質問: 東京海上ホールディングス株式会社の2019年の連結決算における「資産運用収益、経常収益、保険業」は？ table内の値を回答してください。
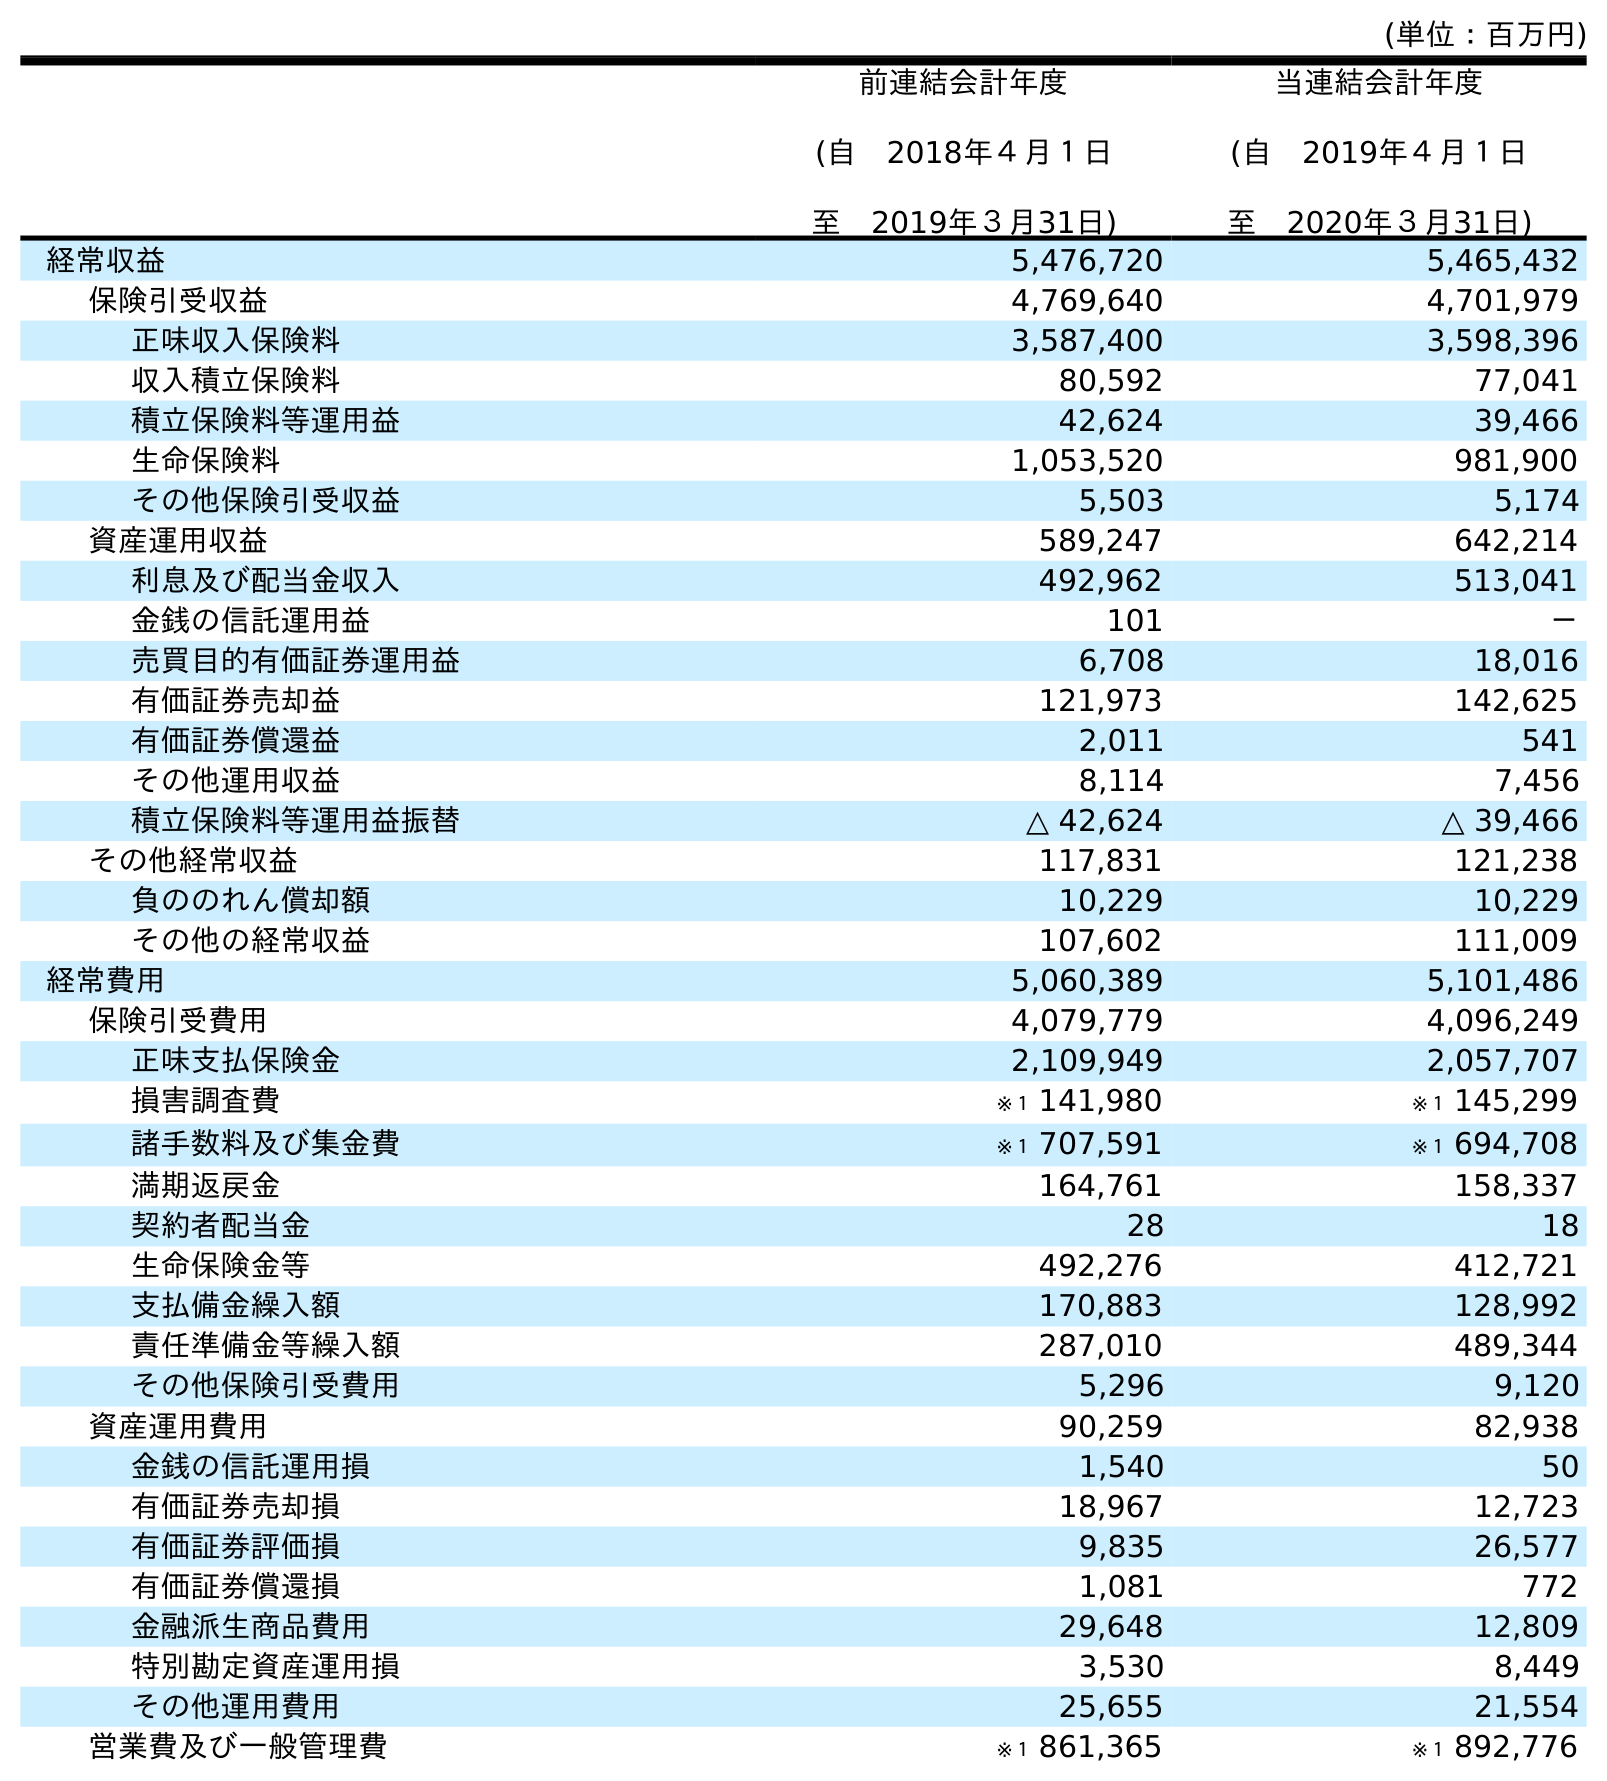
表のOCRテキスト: (単位：百万円) 前連結会計年度 (自 2018年４月１日 至 2019年３月31日) 当連結会計年度 (自 2019年４月１日 至 2020年３月31日) 経常収益 5,476,720 5,465,432 保険引受収益 4,769,640 4,701,979 正味収入保険料 3,587,400 3,598,396 収入積立保険料 80,592 77,041 積立保険料等運用益 42,624 39,466 生命保険料 1,053,520 981,900 その他保険引受収益 5,503 5,174 資産運用収益 589,247 642,214 利息及び配当金収入 492,962 513,041 金銭の信託運用益 101 － 売買目的有価証券運用益 6,708 18,016 有価証券売却益 121,973 142,625 有価証券償還益 2,011 541 その他運用収益 8,114 7,456 積立保険料等運用益振替 △ 42,624 △ 39,466 その他経常収益 117,831 121,238 負ののれん償却額 10,229 10,229 その他の経常収益 107,602 111,009 経常費用 5,060,389 5,101,486 保険引受費用 4,079,779 4,096,249 正味支払保険金 2,109,949 2,057,707 損害調査費 ※１ 141,980 ※１ 145,299 諸手数料及び集金費 ※１ 707,591 ※１ 694,708 満期返戻金 164,761 158,337 契約者配当金 28 18 生命保険金等 492,276 412,721 支払備金繰入額 170,883 128,992 責任準備金等繰入額 287,010 489,344 その他保険引受費用 5,296 9,120 資産運用費用 90,259 82,938 金銭の信託運用損 1,540 50 有価証券売却損 18,967 12,723 有価証券評価損 9,835 26,577 有価証券償還損 1,081 772 金融派生商品費用 29,648 12,809 特別勘定資産運用損 3,530 8,449 その他運用費用 25,655 21,554 営業費及び一般管理費 ※１ 861,365 ※１ 892,776
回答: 589,247